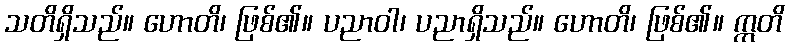
သတိရှိသည်။ ဟောတိ၊ ဖြစ်၏။ ပညာဝါ၊ ပညာရှိသည်။ ဟောတိ၊ ဖြစ်၏။ ဣတိ